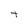
Character: t